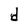
Character: d